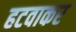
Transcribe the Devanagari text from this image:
हटवाकर